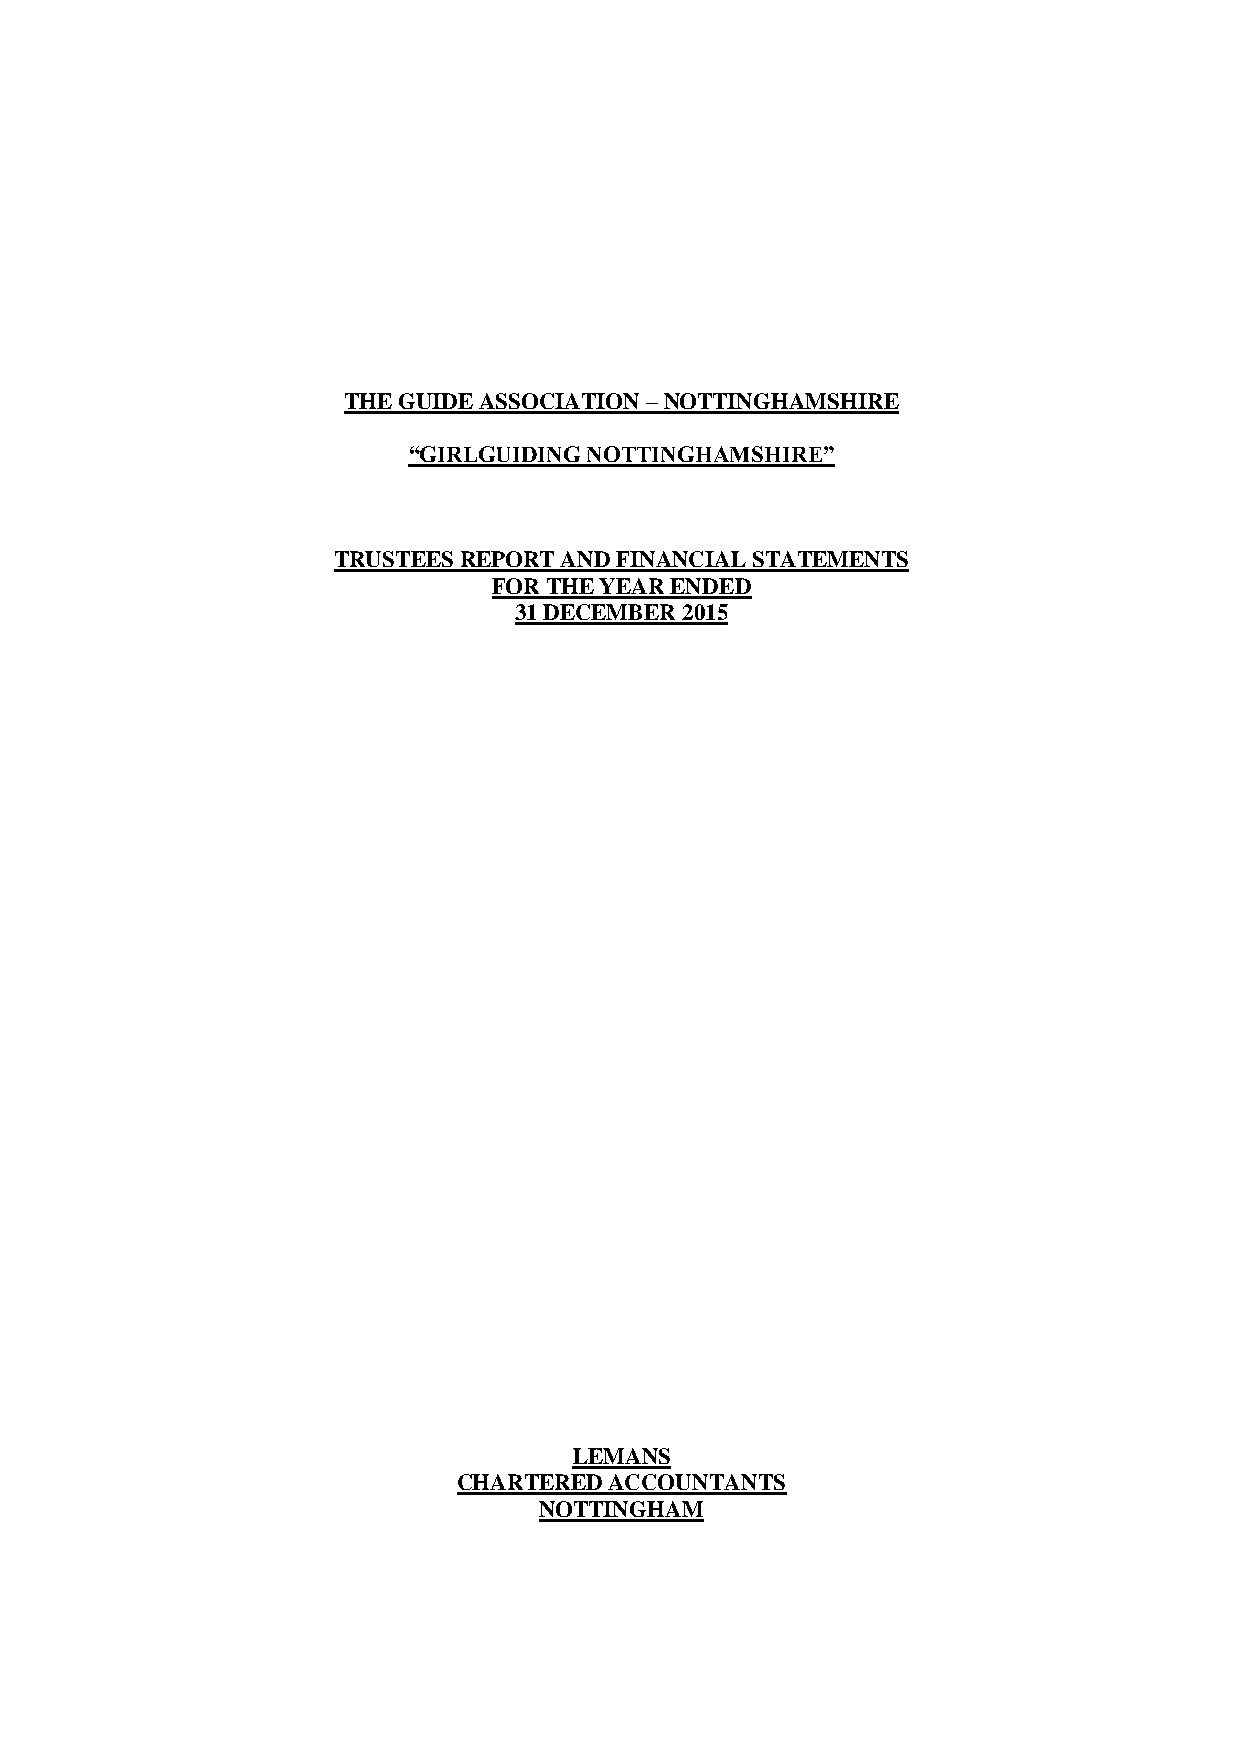
THE GUIDE ASSOCIATION – NOTTINGHAMSHIRE
 “GIRLGUIDING NOTTINGHAMSHIRE”
 TRUSTEES REPORT AND FINANCIAL STATEMENTS
 FOR THE YEAR ENDED
 31 DECEMBER 2015
 LEMANS
 CHARTERED ACCOUNTANTS
 NOTTINGHAM